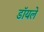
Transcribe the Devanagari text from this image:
डॉयले